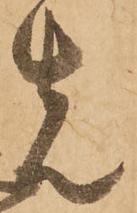
先